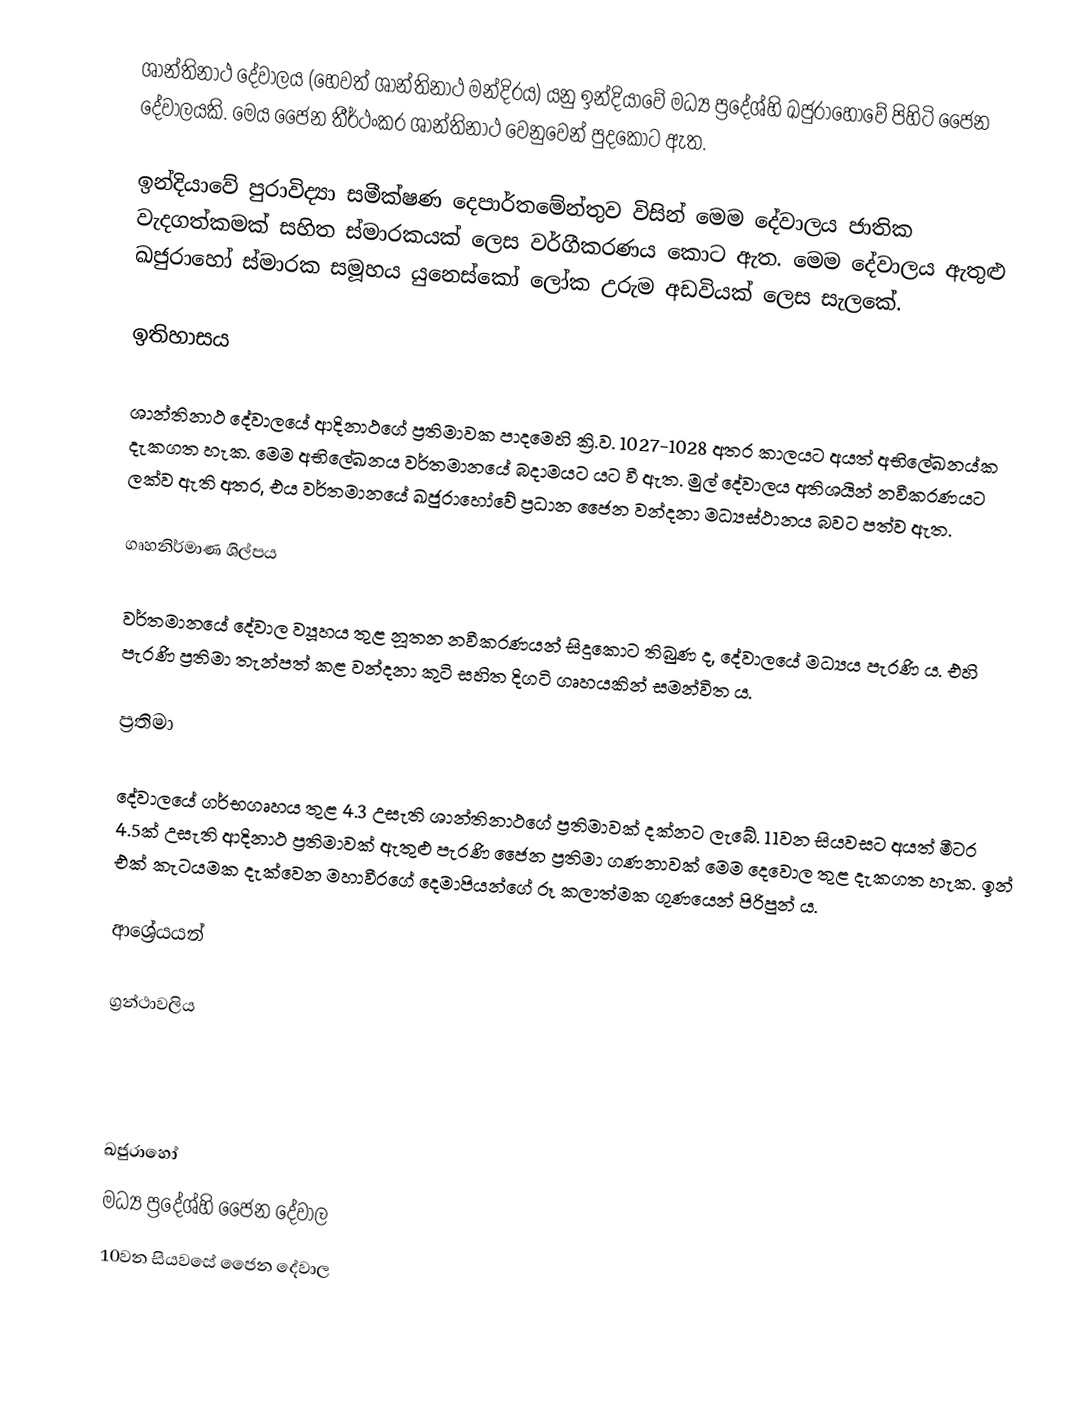
ශාන්තිනාථ දේවාලය (හෙවත් ශාන්තිනාථ මන්දිරය) යනු ඉන්දියාවේ මධ්‍ය ප්‍රදේශ්හි ඛජුරාහෝවේ පිහිටි ජෛන දේවාලයකි. මෙය ජෛන තීර්ථංකර ශාන්තිනාථ වෙනුවෙන් පුදකොට ඇත.

ඉන්දියාවේ පුරාවිද්‍යා සමීක්ෂණ දෙපාර්තමේන්තුව විසින් මෙම දේවාලය ජාතික වැදගත්කමක් සහිත ස්මාරකයක් ලෙස වර්ගීකරණය කොට ඇත. මෙම දේවාලය ඇතුළු ඛජුරාහෝ ස්මාරක සමූහය යුනෙස්කෝ ලෝක උරුම අඩවියක් ලෙස සැලකේ.

ඉතිහාසය

ශාන්තිනාථ දේවාලයේ ආදිනාථගේ ප්‍රතිමාවක පාදමෙහි ක්‍රි.ව. 1027-1028 අතර කාලයට අයත් අභිලේඛනය්ක දැකගත හැක. මෙම අභිලේඛනය වර්තමානයේ බදාමයට යට වී ඇත. මුල් දේවාලය අතිශයින් නවීකරණයට ලක්ව ඇති අතර, එය වර්තමානයේ ඛජුරාහෝවේ ප්‍රධාන ජෛන වන්දනා මධ්‍යස්ථානය ‍බවට පත්ව ඇත.

ගෘහනිර්මාණ ශිල්පය

වර්තමානයේ දේවාල ව්‍යූහය තුළ නූතන නවීකරණයන් සිදුකොට තිබුණ ද, දේවාලයේ මධ්‍යය පැරණි ය. එහි පැරණි ප්‍රතිමා තැන්පත් කළ වන්දනා කුටි සහිත දිගටි ගෘහයකින් සමන්විත ය.

ප්‍රතිමා

දේවාලයේ ගර්භගෘහය තුළ 4.3 උසැති ශාන්තිනාථගේ ප්‍රතිමාවක් දක්නට ලැබේ. 11වන සියවසට අයත් මීටර 4.5ක් උසැති ආදිනාථ ප්‍රතිමාවක් ඇතුළු පැරණි ජෛන ප්‍රතිමා ගණනාවක් මෙම දෙවොල තුළ දැකගත හැක. ඉන් එක් කැටයමක දැක්වෙන මහාවීරගේ දෙමාපියන්ගේ රූ කලාත්මක ගුණයෙන් පිරිපුන් ය.

ආශ්‍රේයයන්

ග්‍රන්ථාවලිය

ඛජුරාහෝ
මධ්‍ය ප්‍රදේශ්හි ජෛන දේවාල
10වන සියවසේ ජෛන දේවාල